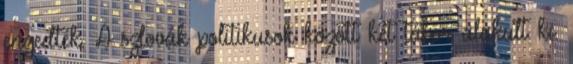
engedték. A szlovák politikusok között két tábor alakult ki.